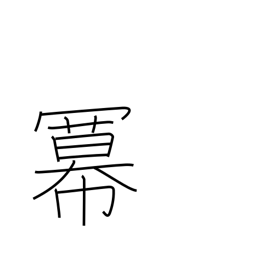
Meaning: exponent